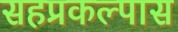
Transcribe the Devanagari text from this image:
सहप्रकल्पास